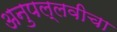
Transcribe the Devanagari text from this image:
अनुपल्लवीचा